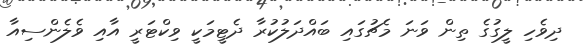
ދިވެހި ލީގުގެ ތިން ވަނަ މެޗުގައި ބައްދަލުކުރާ ދެޓީމަކީ ވިކްޓަރީ އާއި ވެލެންސިއާ